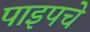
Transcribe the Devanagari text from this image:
पाइपचे